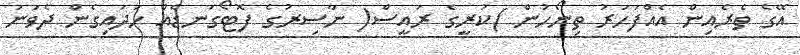
އޭގެ ތެރެއިން އެއްފަހަރު ތިނޯހުން )ކުރީގެ ރައީސް( ނާސިރުގެ ފޮޓޯގަނޑެއް ހަދައިގެން ދެވަނަ